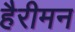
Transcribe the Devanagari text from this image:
हैरीमन